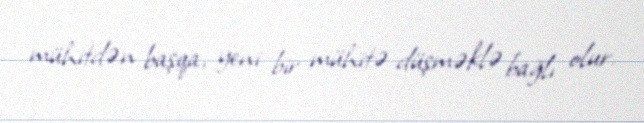
mühitdən başqa, yeni bir mühitə düşməklə bağlı olur.